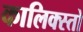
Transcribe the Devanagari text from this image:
कालिक्स्तो